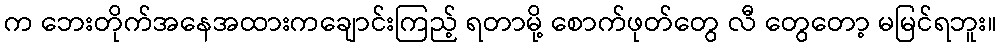
က ဘေးတိုက်အနေအထားကချောင်းကြည့် ရတာမို့ စောက်ဖုတ်တွေ လီ တွေတော့ မမြင်ရဘူး။